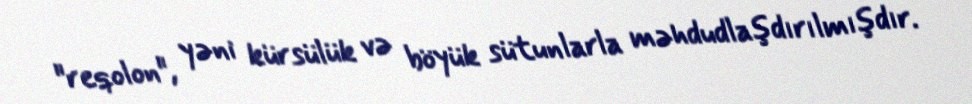
"reqolon", yəni kürsülük və böyük sütunlarla məhdudlaşdırılmışdır.